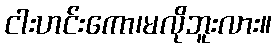
ငါးဟင်းကော၊မလိုဘူးလား။